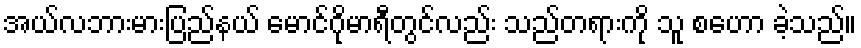
အယ်လဘားမားပြည်နယ် မောင်ဂိုမာရီတွင်လည်း သည်တရားကို သူ စဟော ခဲ့သည်။